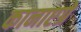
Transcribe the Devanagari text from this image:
कानाएग्रे